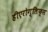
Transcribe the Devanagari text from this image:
हीएरोग्लिफ्स